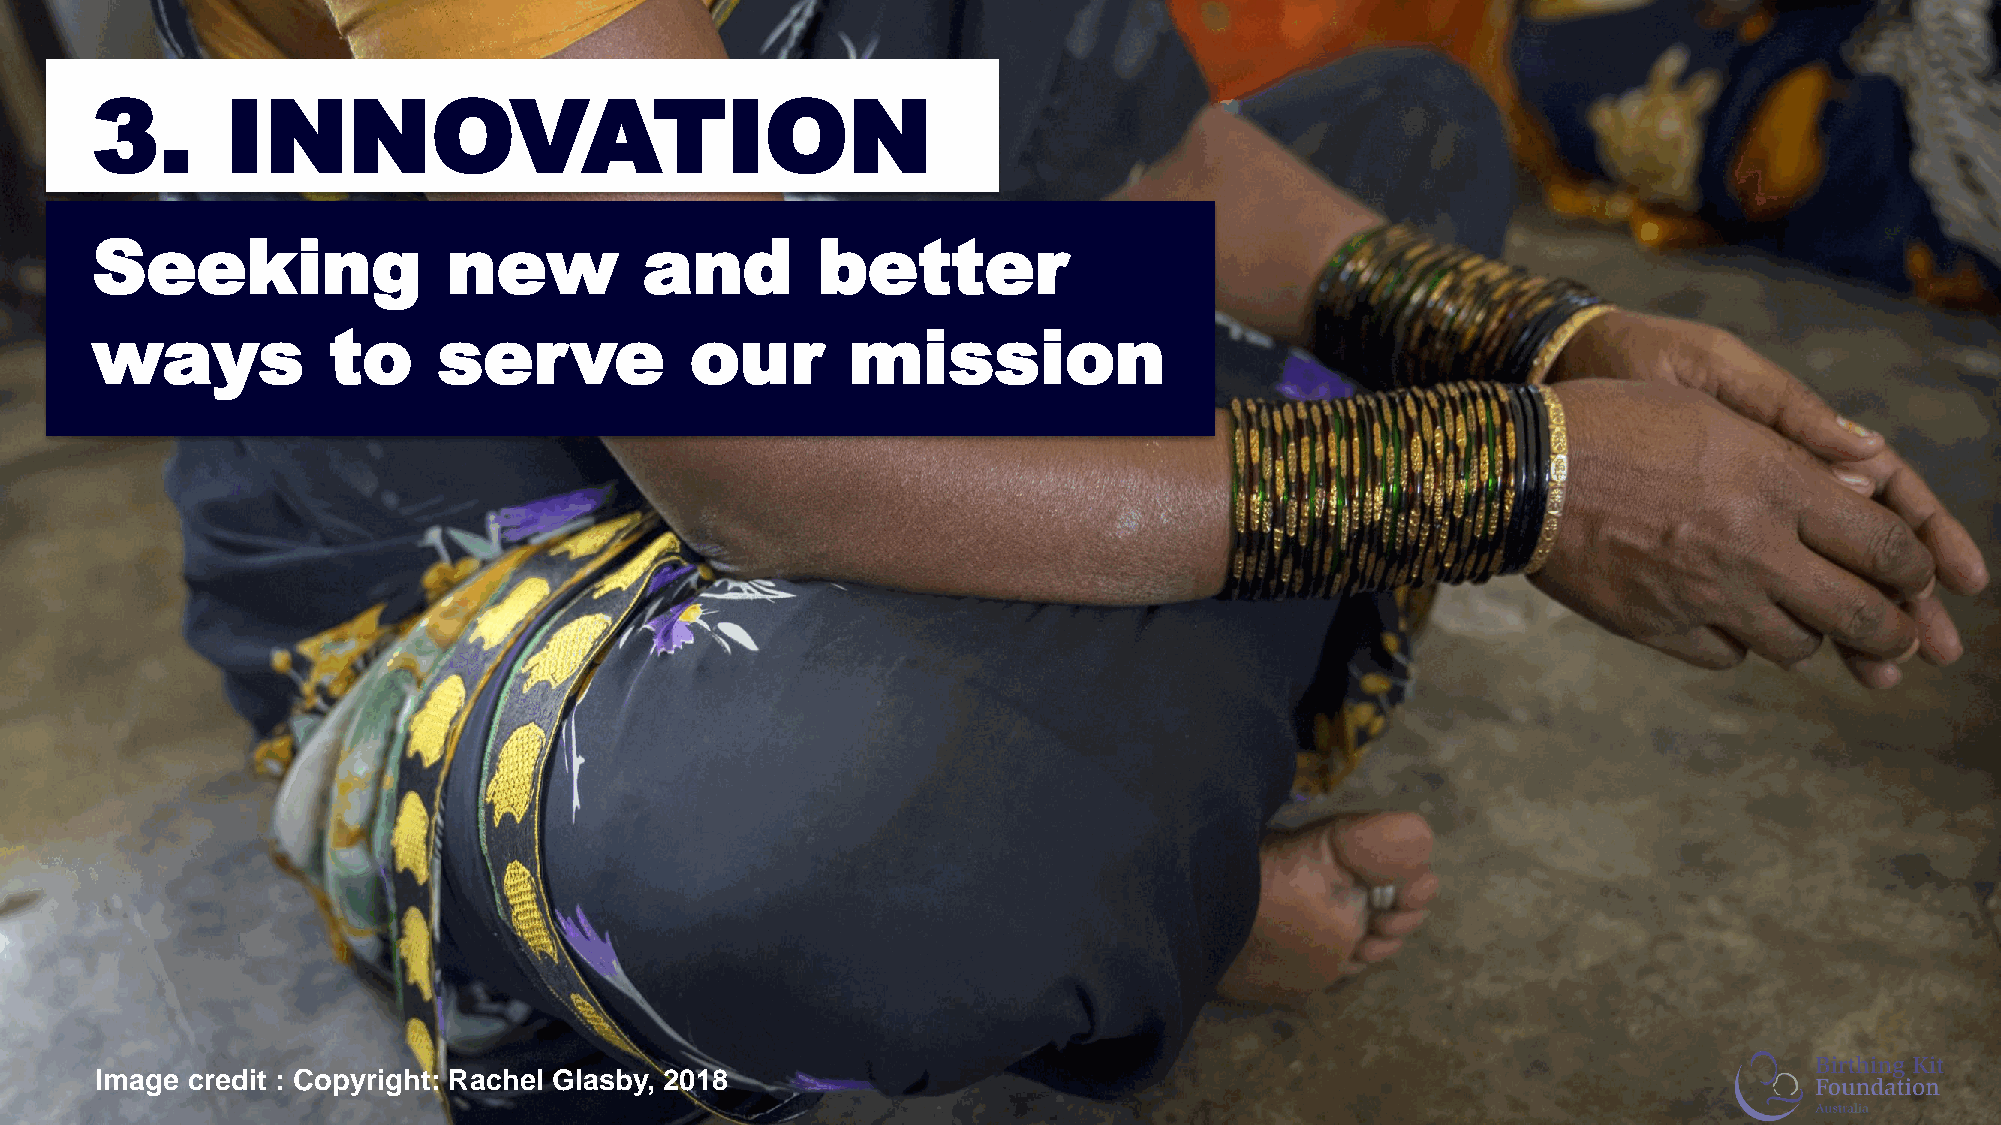
3.       INNOVATION
 Seeking                 new          and        better
 ways            to     serve            our       mission
 Image credit : Copyright: Rachel Glasby, 2018